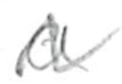
Text: a
Cross-out: zig-zag
Writing tool: pencil